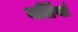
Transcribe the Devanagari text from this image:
वर्तियां